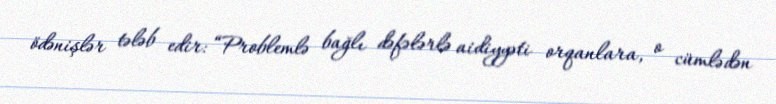
ödənişlər tələb edir: “Problemlə bağlı dəfələrlə aidiyyəti orqanlara, o cümlədən